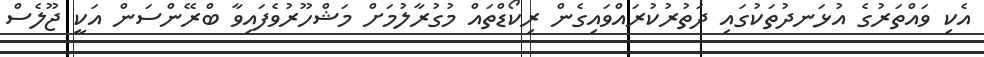
އެކި ވައްތަރުގެ އުޅަނދުތަކުގައި ދަތުރުކުރައްވައިގެން ރިކޯޑްތައް މުގުރާލުމަށް މަޝްހޫރުވެފައިވާ ބްރޭންސަން އަކީ ޖޫލެސް